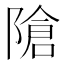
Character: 𲉝